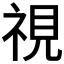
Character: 視